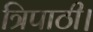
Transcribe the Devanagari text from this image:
त्रिपाठी।